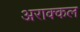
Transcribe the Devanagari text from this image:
अराक्कल